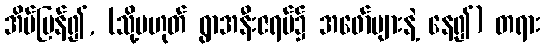
အိမ်ပြန်၍, (သို့မဟုတ် ရွာအနီးဇရပ်၌ အဖော်များနဲ့ နေ၍) တရား